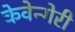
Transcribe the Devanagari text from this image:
केवेन्गेरी